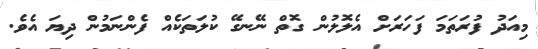
މިއަދު ފުރަތަމަ ފަހަރަށް އެލޮލުން ގޮތް ނޭނގޭ ކުލަތަކެއް ފެންނަމުން ދިޔަ އެވެ.